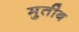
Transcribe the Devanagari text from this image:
मुतीब